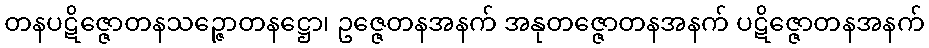
တနပဋိဇ္ဇောတနသဉ္ဇောတနဋ္ဌော၊ ဥဇ္ဇေတနအနက် အနုတဇ္ဇောတနအနက် ပဋိဇ္ဇောတနအနက်